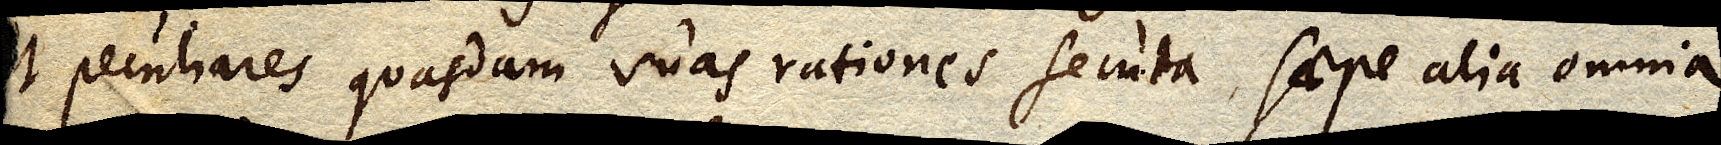
ut peculiares quasdam suas rationes secuta, saepe alia omnia